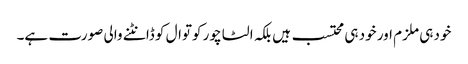
خود ہی ملزم اور خود ہی محتسب ہیں بلکہ الٹا چور کوتوال کو ڈانٹنے والی صورت ہے۔